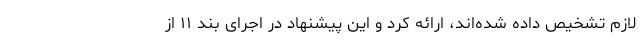
لازم تشخیص داده شده‌اند، ارائه کرد و این پیشنهاد در اجرای بند ۱۱ از